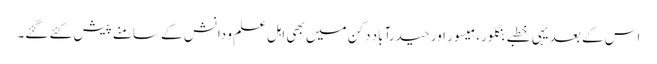
اس کے بعد یہی خطبے بنگلور، میسور اور حیدرآباد دکن میں بھی اہل علم و دانش کے سامنے پیش کئے گئے۔